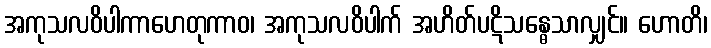
အကုသလဝိပါကာဟေတုကာဝ၊ အကုသလဝိပါက် အဟိတ်ပဋိသန္ဓေသာလျှင်။ ဟောတိ၊